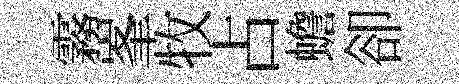
霧峯牧占蟾卻